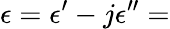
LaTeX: \epsilon=\epsilon^{\prime}-j\epsilon^{\prime\prime}=